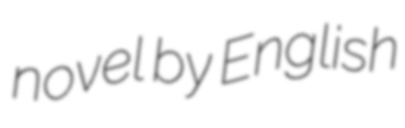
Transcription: novel by English